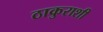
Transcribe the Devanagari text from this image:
ठाकुराशी